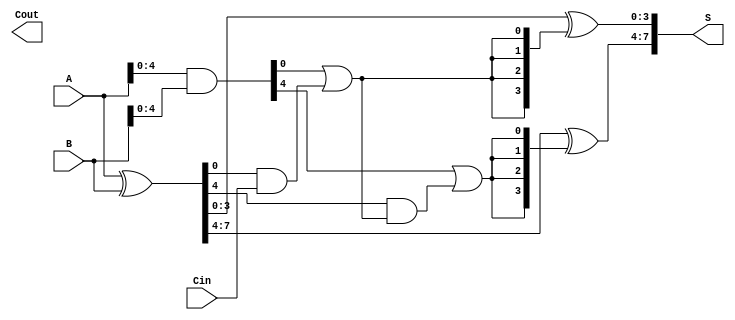
module CSPA #(parameter N = 8) (
    input  [N-1:0] A,       // First n-bit input
    input  [N-1:0] B,       // Second n-bit input
    input          Cin,      // Carry-in
    output [N-1:0] S,       // n-bit sum output
    output         Cout      // Carry-out
);

    // Internal signals for generate and propagate
    wire [N-1:0] G; // Generate
    wire [N-1:0] P; // Propagate
    wire [N/4:0] C; // Carry for each segment

    // Generate and Propagate computation
    assign G = A & B;             // Generate: G[i] = A[i] AND B[i]
    assign P = A ^ B;             // Propagate: P[i] = A[i] XOR B[i]

    // Carry generation for each segment
    genvar i;
    generate
        for (i = 0; i < N/4; i = i + 1) begin : segment
            if (i == 0) begin
                // First segment: C[0] = Cin
                assign C[i] = G[4*i] | (P[4*i] & Cin);
            end else begin
                // Subsequent segments
                assign C[i] = G[4*i] | (P[4*i] & C[i-1]);
            end
        end
    endgenerate

    // Sum calculation for each segment
    generate
        for (i = 0; i < N/4; i = i + 1) begin : sum
            // Calculate sum for each segment based on carry-in selection
            assign S[4*i +: 4] = P[4*i +: 4] ^ {C[i], C[i], C[i], C[i]};
        end
    endgenerate

    // Final carry-out
    assign Cout = C[N/4];

endmodule